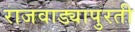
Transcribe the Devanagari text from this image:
राजवाड्यापुरती